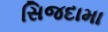
સિજદામા